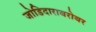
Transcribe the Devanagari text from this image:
जोडिदाराबरोबर